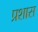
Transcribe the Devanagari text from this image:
प्रशास